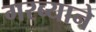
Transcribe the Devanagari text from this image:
गरब्याने